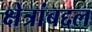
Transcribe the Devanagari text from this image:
क्षेत्रांबद्दल